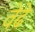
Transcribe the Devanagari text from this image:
वेढे